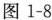
图1-8